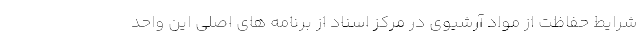
شرایط حفاظت از مواد آرشیوی در مرکز اسناد از برنامه های اصلی این واحد